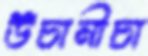
উঁচানীচা